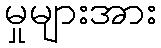
မှုများအား